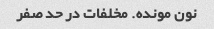
نون مونده. مخلفات در حد صفر